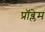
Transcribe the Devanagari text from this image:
प्राॅब्लेम